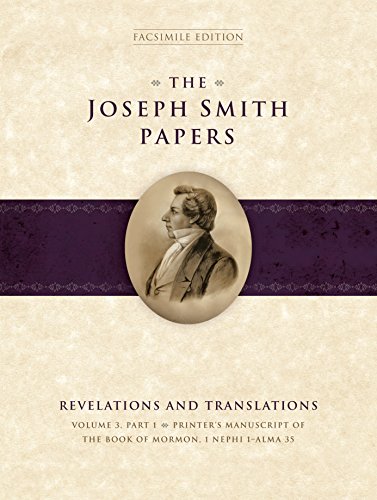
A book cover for The Joseph Smith Papers: Revelations and Translations, Volume 3 Part 1; Royal Skousen; Christian Books & Bibles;